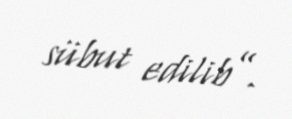
sübut edilib”.